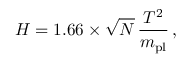
H = 1 . 6 6 \times \sqrt { N } \, \frac { T ^ { 2 } } { m _ { \mathrm { p l } } } \, ,